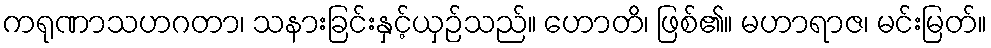
ကရုဏာသဟဂတာ၊ သနားခြင်းနှင့်ယှဉ်သည်။ ဟောတိ၊ ဖြစ်၏။ မဟာရာဇ၊ မင်းမြတ်။